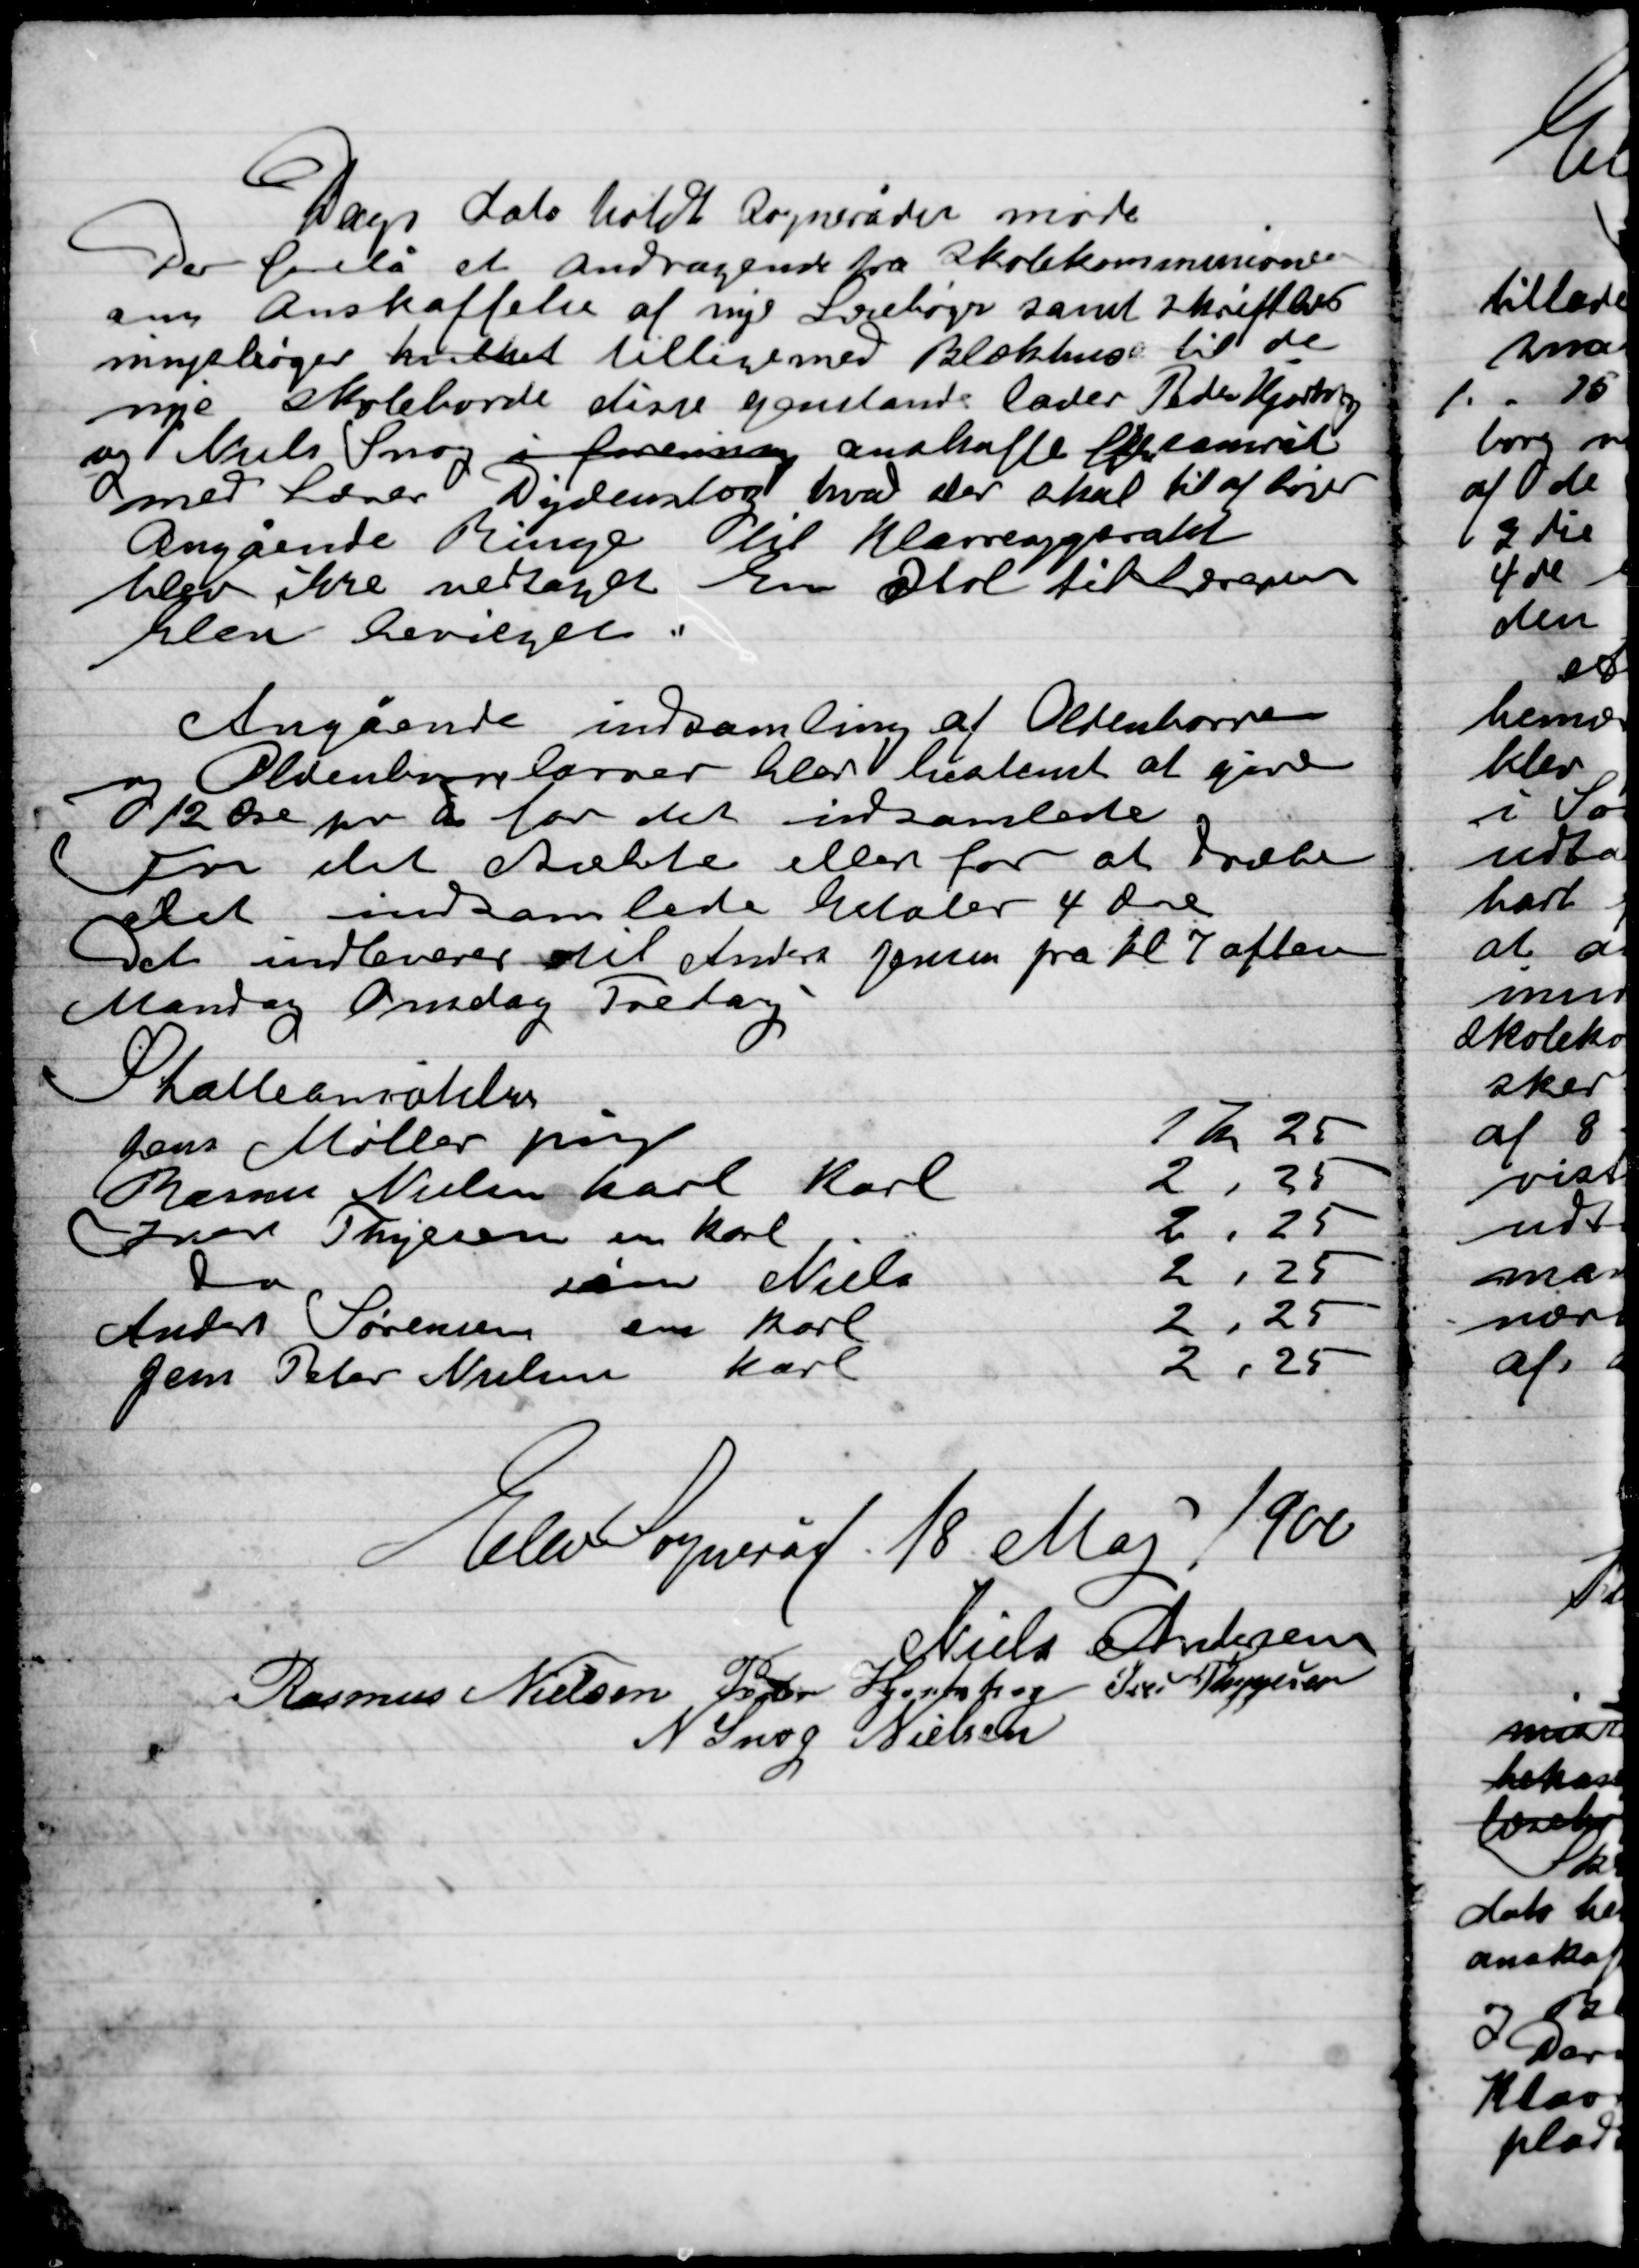
Transskription:
Dags dato holdt sognerådet møde
Der forelå et Andragende fra Skolekommissionen
om Anskaffelse af nye Lærebøger samt skriftlæs-
ningsbøger hvilket tilligemed Blækhuse til de
nye skoleborde disse genstande lader Peder Hjortshøj
og Niels Snog i forening anskaffe Skolerådet
med Lærer Dydensborg hvad der skal til af bøger
angående Ringe til Klavreeapperatet
blev ikke vedtaget En Stol til Læreren
blev bevilget.

Angående indsamling af Oldenborgere
og Oldenborrelavere blev bestemt at give
12 Øre pr u  for det indsamlede
For det dræbte eller for at dræbe
det indsamlede betaler 4 Øre
Det indleverer til Anders Jensen fra kl. 7 aften
Mandag Onsdag Fredag

Elev Sogneråd 18 Maj 1900

Niels Andersen
Rasmus Nielsen
Peder Hjortshøj
Ivar Thygesen
N. Snog Nielsen